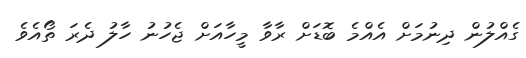
ގެއްލުން ދިނުމަށް އެއްމެ ބޮޑަށް ރާވާ މީހާއަށް ޖެހުނު ހާލު ދެރަ ތޯއެވެ